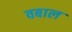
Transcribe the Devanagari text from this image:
वबाल